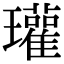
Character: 瓘